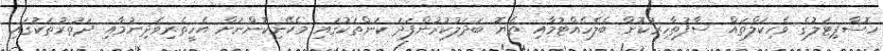
ހޮސްޕިޓަލުގެ ވެހިކަލްތައް ސާފުތާހިރުކޮށް ބެލެހެއްޓުމާއި ތެޔޮ ބަދަލުކުރުންފަދަ ކަންތަކުގައި މެކޭނިކުންނަށް އެހީތެރިވެދިނުމާއި ދަތުރުތަކުގައި